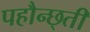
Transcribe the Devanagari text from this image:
पहौन्छ्ती